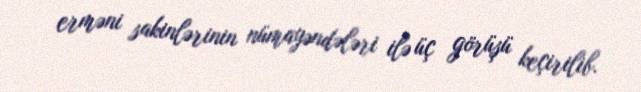
erməni sakinlərinin nümayəndələri ilə üç görüşü keçirilib.